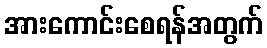
အားကောင်းစေရန်အတွက်